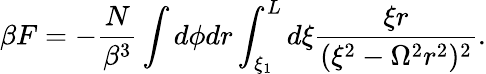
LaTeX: \beta F=-\frac{N}{\beta^{3}}\int d\phi dr\int_{\xi_{1}}^{L}d\xi\frac{\xi r}{(\xi^{2}-\Omega^{2}r^{2})^{2}}.